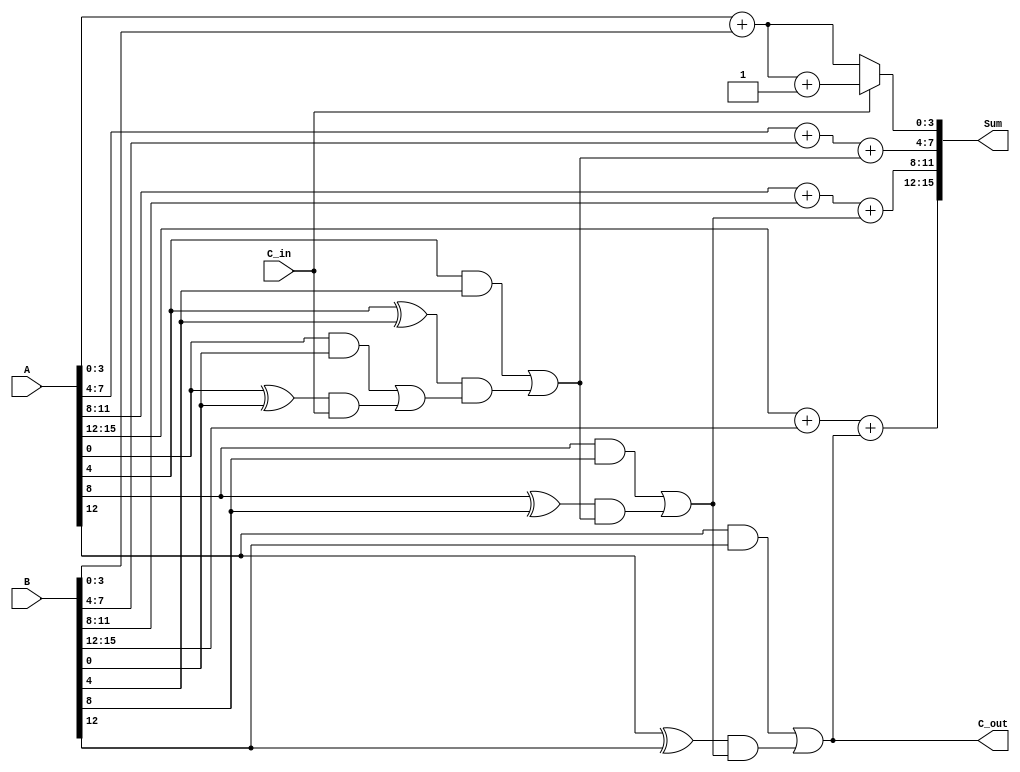
module carry_select_adder (
    input [15:0] A,        // 16-bit input A
    input [15:0] B,        // 16-bit input B
    input C_in,            // Carry input
    output [15:0] Sum,     // 16-bit Sum output
    output C_out           // Carry output
);

    // Internal signals for carry lookahead logic
    wire [3:0] G;          // Generate signals
    wire [3:0] P;          // Propagate signals
    wire [4:0] C;          // Carry signals for each segment
    wire [15:0] Sum0;      // Sum when C_in = 0
    wire [15:0] Sum1;      // Sum when C_in = 1

    // Generate and propagate signals for each segment
    genvar i;
    generate
        for (i = 0; i < 4; i = i + 1) begin : segment
            wire [3:0] A_seg = A[i*4 +: 4];
            wire [3:0] B_seg = B[i*4 +: 4];

            // Generate and propagate for the segment
            assign G[i] = A_seg & B_seg; // Generate
            assign P[i] = A_seg ^ B_seg; // Propagate

            // 4-bit Ripple Carry Adder for C_in = 0
            if (i == 0) begin
                assign Sum0[i*4 +: 4] = A_seg + B_seg; // C_in = 0
            end else begin
                assign Sum0[i*4 +: 4] = A_seg + B_seg + C[i]; // C_in = 0
            end

            // 4-bit Ripple Carry Adder for C_in = 1
            if (i == 0) begin
                assign Sum1[i*4 +: 4] = A_seg + B_seg + 1; // C_in = 1
            end else begin
                assign Sum1[i*4 +: 4] = A_seg + B_seg + C[i]; // C_in = 1
            end
        end
    endgenerate

    // Carry Lookahead Logic
    assign C[0] = G[0] | (P[0] & C_in);
    assign C[1] = G[1] | (P[1] & C[0]);
    assign C[2] = G[2] | (P[2] & C[1]);
    assign C[3] = G[3] | (P[3] & C[2]);
    assign C_out = C[3];

    // Multiplexers to select the correct sum based on C_in
    assign Sum = (C_in) ? Sum1 : Sum0;

endmodule